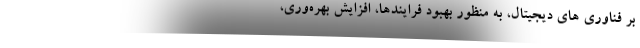
بر فناوری های دیجیتال، به منظور بهبود فرایندها، افزایش بهره‌وری،